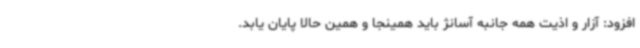
افزود: آزار و اذیت همه جانبه آسانژ باید همینجا و همین حالا پایان یابد.